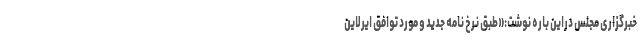
خبرگزاری مجلس دراین باره نوشت:«طبق نرخ نامه جدید و مورد توافق ایرلاین